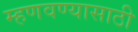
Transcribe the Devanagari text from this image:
म्हणवण्यासाठी